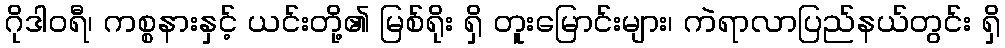
ဂိုဒါဝရီ၊ ကစ္စနားနှင့် ယင်းတို့၏ မြစ်ရိုး ရှိ တူးမြောင်းများ၊ ကဲရာလာပြည်နယ်တွင်း ရှိ